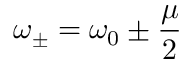
\displaystyle { \omega _ { \pm } = \omega _ { 0 } \pm \frac { \mu } { 2 } }